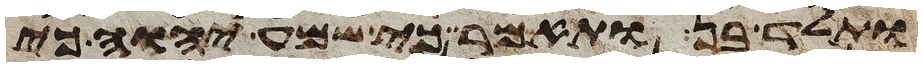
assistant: ותלד בן ותאמר כי שמע יהוה כי